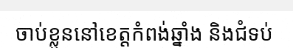
ចាប់ខ្លួននៅខេត្តកំពង់ឆ្នាំង និងជំទប់